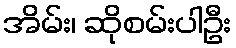
အိမ်း၊ ဆိုစမ်းပါဦး